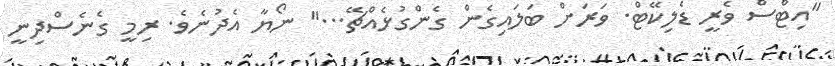
"އިޓްސް ވެރީ ޑެލިކޭޓް. ވަރަށް ބަލައިގެން ގެންގުޅެއްޗޭ..." ނޯޔާ އެދުނެވެ. ރިމީ ގެނެސްދިނީ